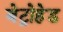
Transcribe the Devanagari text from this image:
बेट्रोहेड